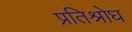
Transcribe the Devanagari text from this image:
प्रतिश्रोध